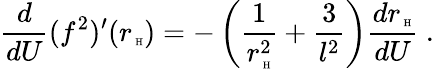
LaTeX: \frac{d}{dU}(f^{2})^{\prime}(r_{\mathrm{\tiny~H}})=-\left(\frac{1}{r_{\mathrm{\tiny~H}}^{2}}+\frac{3}{l^{2}}\right)\frac{dr_{\mathrm{\tiny~H}}}{dU}\ .